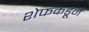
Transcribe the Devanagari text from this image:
शेफकडून